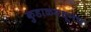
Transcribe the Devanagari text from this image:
कुडाळमधूनच